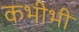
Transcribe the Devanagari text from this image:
कभीभी